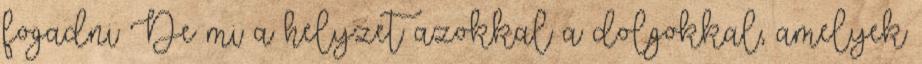
fogadni De mi a helyzet azokkal a dolgokkal, amelyek